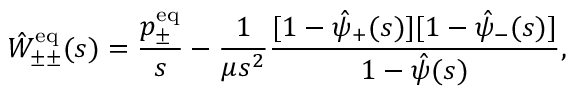
\hat { W } _ { \pm \pm } ^ { \mathrm { e q } } ( s ) = \frac { p _ { \pm } ^ { \mathrm { e q } } } { s } - \frac { 1 } { \mu s ^ { 2 } } \frac { [ 1 - \hat { \psi } _ { + } ( s ) ] [ 1 - \hat { \psi } _ { - } ( s ) ] } { 1 - \hat { \psi } ( s ) } ,